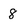
Character: 8